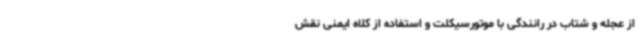
از عجله و شتاب در رانندگی با موتورسیکلت و استفاده از کلاه ایمنی نقش